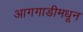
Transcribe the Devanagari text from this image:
आगगाडीमधून